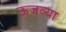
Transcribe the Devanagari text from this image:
ऊजव्या